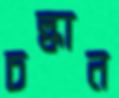
চল্‌কান